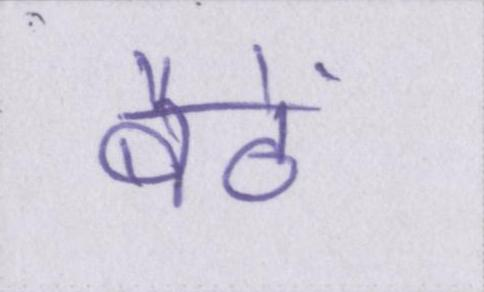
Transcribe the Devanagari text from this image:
बैठें